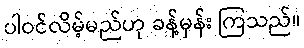
ပါဝင်လိမ့်မည်ဟု ခန့်မှန်း ကြသည်။